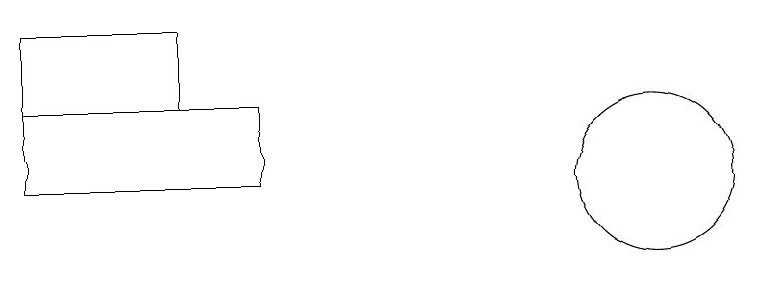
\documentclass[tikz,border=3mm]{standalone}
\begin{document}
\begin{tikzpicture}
\draw (11,12) circle (1);
\draw (6,12) rectangle (3,13);
\draw (3,14) rectangle (5,13);
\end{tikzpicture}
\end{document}